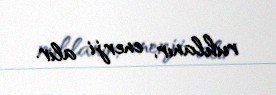
ruhlanır, enerji alır.